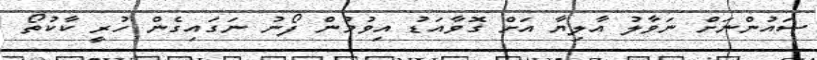
ސައުންނަށް ނަވާލު އާލިޔާ އަށް ގޮވާއަޑު އިވުމުން ފޯނު ނަގައިގެން ހުރީ ކާކުތޯ